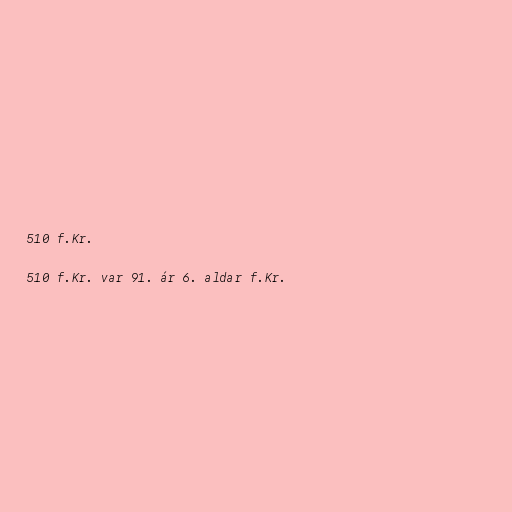
510 f.Kr.

510 f.Kr. var 91. ár 6. aldar f.Kr.